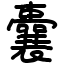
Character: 囊